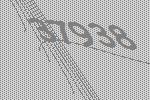
37938